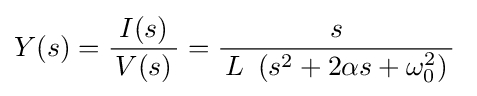
Y(s)={\frac {I(s)}{\,V(s)\,}}={\frac {s}{\,L\ \left(s^{2}+2\alpha s+\omega _{0}^{2}\right)\,}}\;